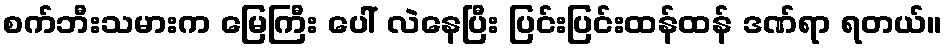
စက်ဘီးသမားက မြေကြီး ပေါ် လဲနေပြီး ပြင်းပြင်းထန်ထန် ဒဏ်ရာ ရတယ်။